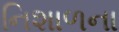
નિશાળના